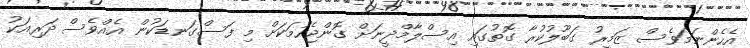
އެހެންނަމަވެސް ޒަމީރު ގަބޫލުކުރާ ގޮތުގައި އިސްލާމްދީނަށް ގޮންޖެހުމަކަށް މި ފަސްގަނޑަކުން އެއްވެސް ދަރިއަކު